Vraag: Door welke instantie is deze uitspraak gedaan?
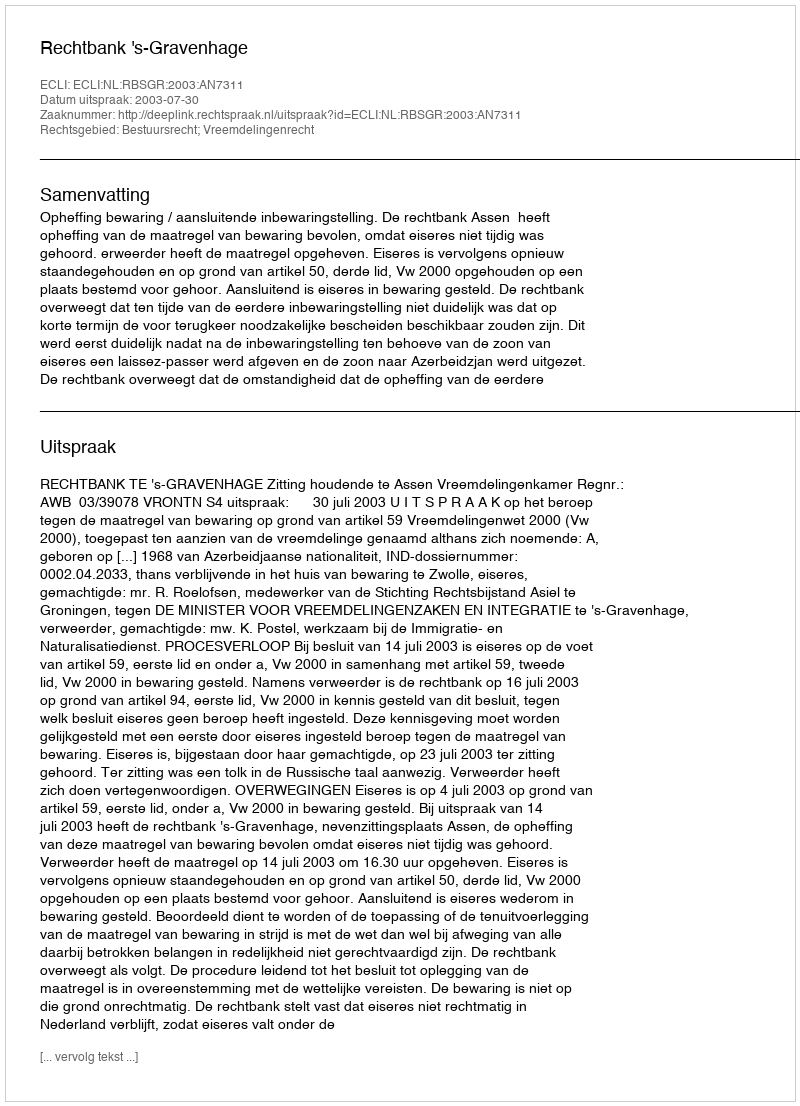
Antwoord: Rechtbank 's-Gravenhage